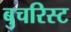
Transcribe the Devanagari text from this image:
बुचरिस्ट